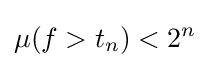
\mu (f>t_{n})<2^{n}